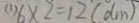
( 1 ) 6 \times 2 = 1 2 ( d m )